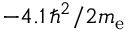
- 4 . 1 \, \hbar ^ { 2 } / 2 m _ { \mathrm { e } }